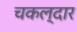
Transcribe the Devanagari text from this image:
चकल्दार